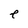
Character: e